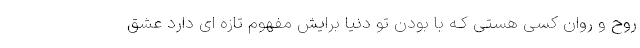
روح و روان کسی هستی کـه با بودن تو دنیا برایش مفهوم تازه ای دارد عشق